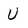
Character: U